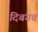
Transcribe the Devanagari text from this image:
दिबंगत